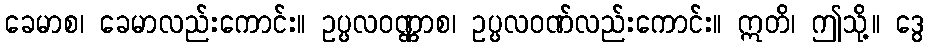
ခေမာစ၊ ခေမာလည်းကောင်း။ ဥပ္ပလဝဏ္ဏာစ၊ ဥပ္ပလဝဏ်လည်းကောင်း။ ဣတိ၊ ဤသို့။ ဒွေ